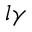
l \gamma